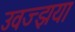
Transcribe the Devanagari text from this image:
उवज्झया